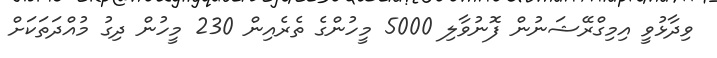
ވިދާޅުވީ އިމިގްރޭޝަނުން ފޮނުވާލި 5000 މީހުންގެ ތެރެއިން 230 މީހުން ދިގު މުއްދަތަކަށް